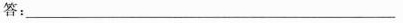
答：_______